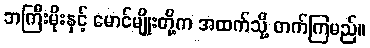
ဘကြီးမိုးနှင့် မောင်မျိုးတို့က အထက်သို့ တက်ကြမည်။